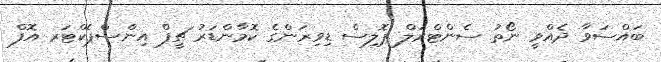
ބައްސަވާ ދެއްވީ ނޯތު ސެންޓްރަލް ޕޮލިސް ޑިވިޜަންގެ ކޮމާންޑަރު ޗީފް އިންސްޕެކްޓަރ އޮފް